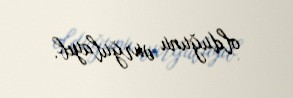
olduğunu vurğulayıb.